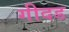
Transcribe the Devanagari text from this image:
गीदड